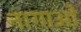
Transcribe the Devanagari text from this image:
नाग़ाओ